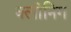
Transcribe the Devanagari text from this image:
क्लीनिग